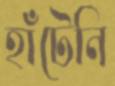
হাঁটেনি